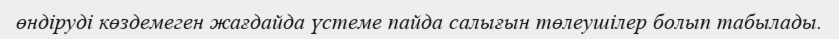
өндіруді көздемеген жағдайда үстеме пайда салығын төлеушілер болып табылады.